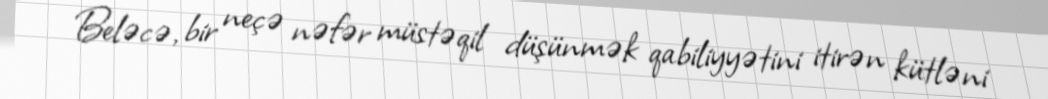
Beləcə, bir neçə nəfər müstəqil düşünmək qabiliyyətini itirən kütləni